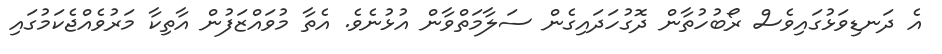
އެ ދަނޑިވަޅުގައިވެސް ރޯބުހުތާން ދޮގުހަދައިގެން ސަލާމަތްވާން އުޅުނެވެ. އެތާ މުވައްޒަފުން އާތިކާ މަރުވެއްޖެކަމުގައި